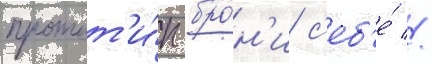
протот'и́п бро́н'и с'еб'е́ //